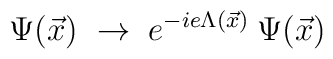
\Psi(\vec{x}) \;\rightarrow\; e^{-i e \Lambda(\vec{x})} \: \Psi(\vec{x})